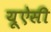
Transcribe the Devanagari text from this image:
यूऐसी